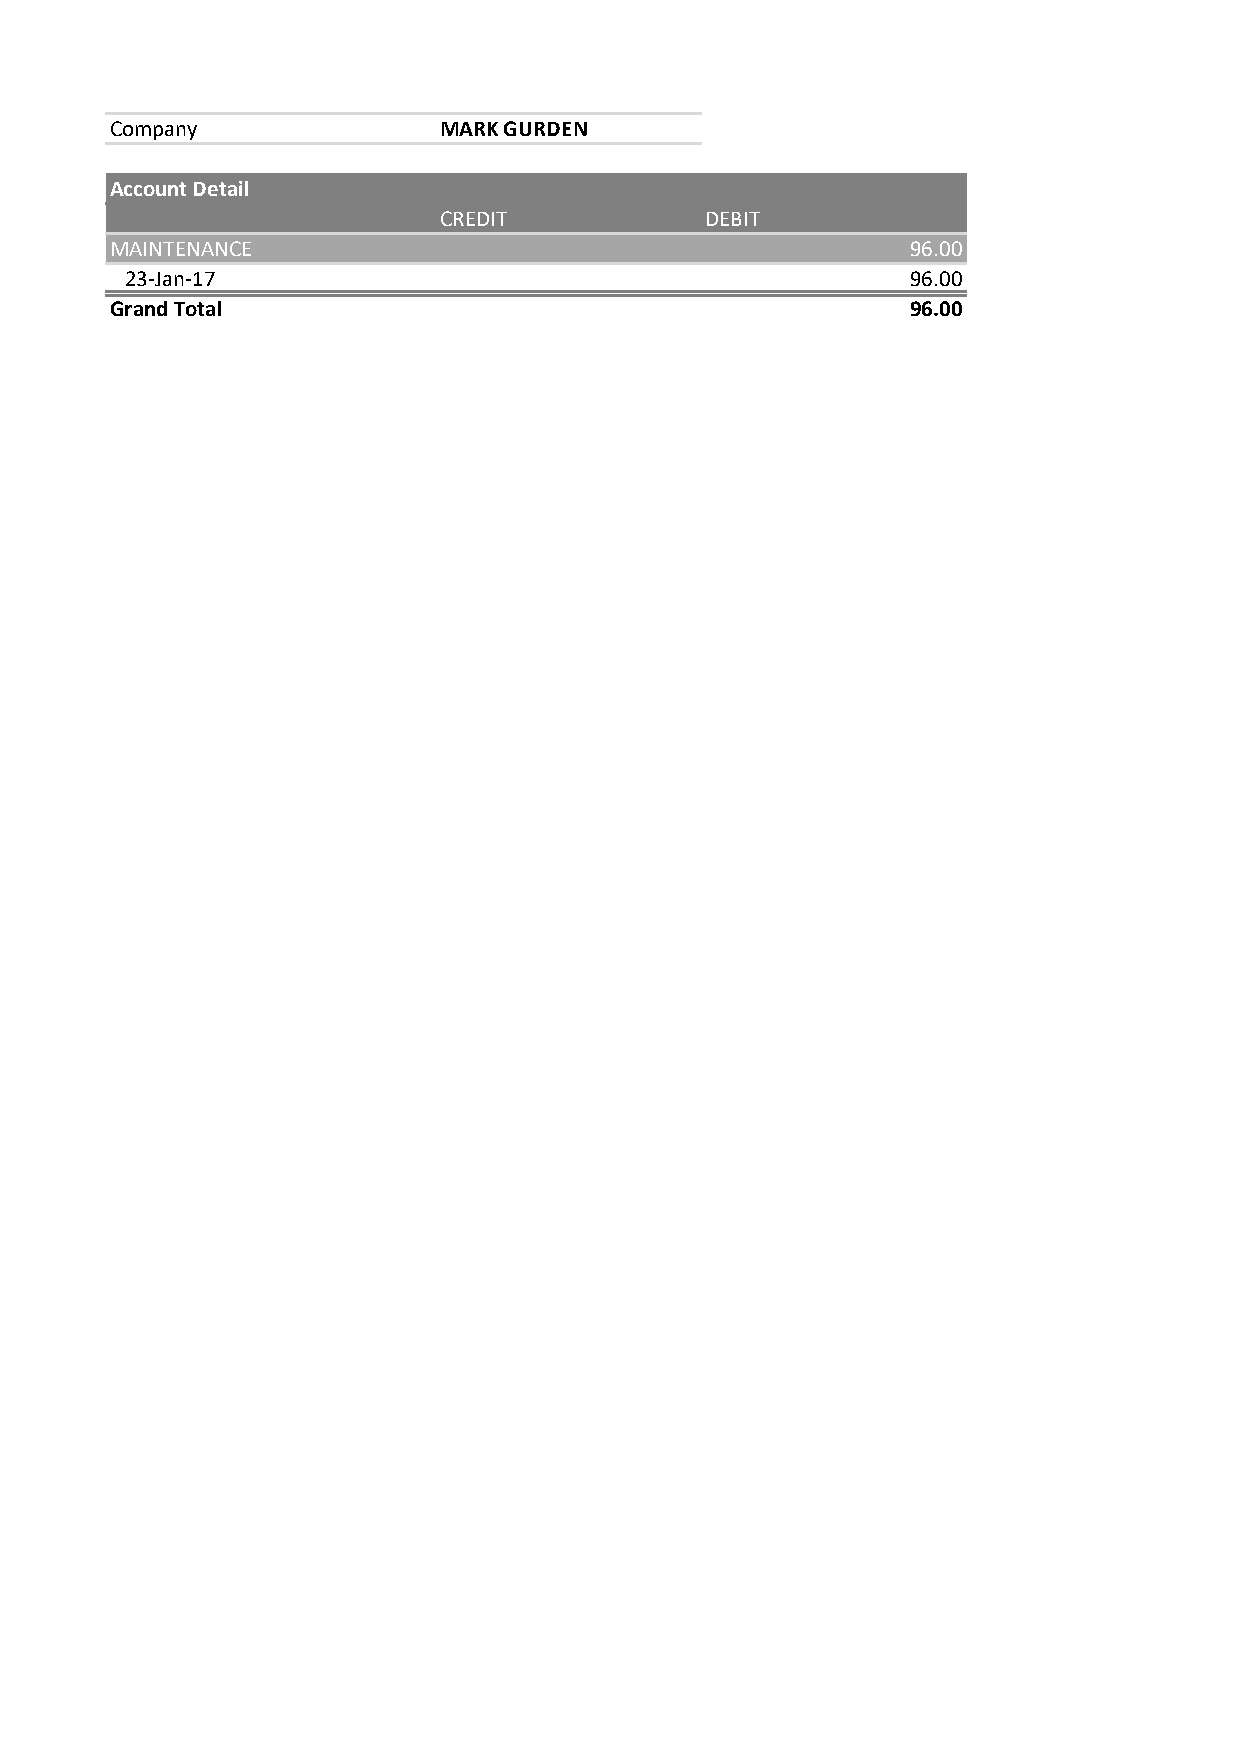
Company               MARK GURDEN
 Account Detail
 CREDIT            DEBIT
 MAINTENANCE                                          96.00
 23-Jan-17                                           96.00
 Grand Total                                          96.00